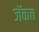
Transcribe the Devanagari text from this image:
जॅकच